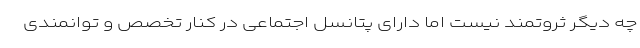
چه دیگر ثروتمند نیست اما دارای پتانسل اجتماعی در کنار تخصص و توانمندی